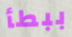
ببطأ